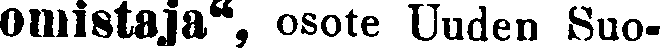
omistaja'', osote Uuden Suo-